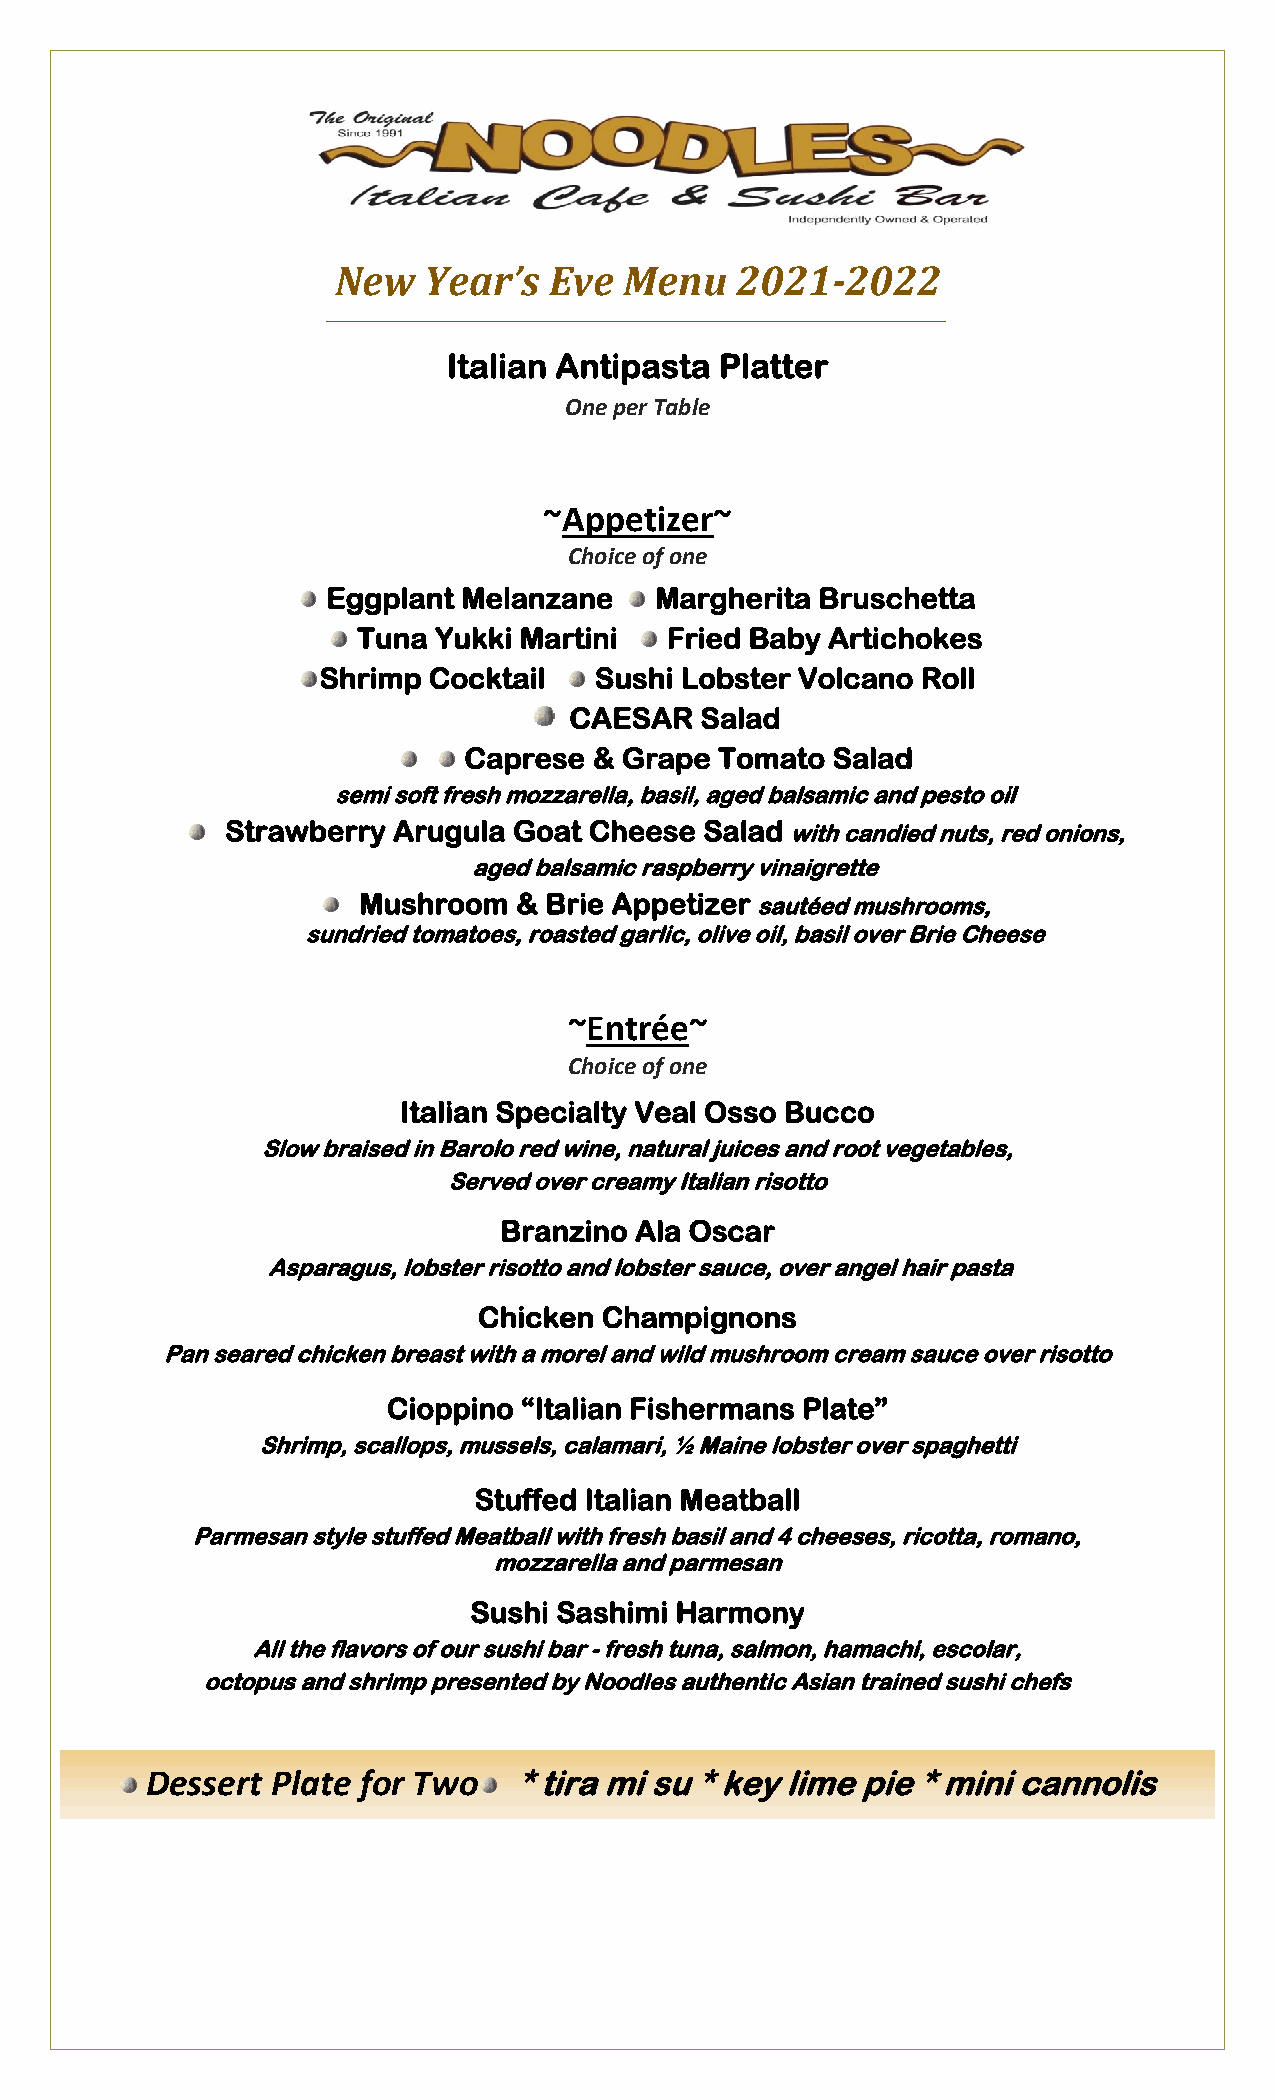
New   Year’s  Eve  Menu    2021-2022
 __________________________________________________________________________________________________________
 Italian Antipasta Platter
 One per Table
 ~Appetizer~
 Choice of one
 Eggplant Melanzane   Margherita Bruschetta
 Tuna Yukki Martini  Fried Baby Artichokes
 Shrimp Cocktail   Sushi Lobster Volcano Roll
 CAESAR  Salad
 Caprese & Grape  Tomato Salad
 semi soft fresh mozzarella, basil, aged balsamic and pesto oil
 Strawberry Arugula Goat Cheese  Salad with candied nuts, red onions,
 aged balsamic raspberry vinaigrette
 Mushroom  & Brie Appetizer sautéed mushrooms,
 sundried tomatoes, roasted garlic, olive oil, basil over Brie Cheese
 ~Entrée~
 Choice of one
 Italian Specialty Veal Osso Bucco
 Slow braised in Barolo red wine, natural juices and root vegetables,
 Served over creamy Italian risotto
 Branzino Ala Oscar
 Asparagus, lobster risotto and lobster sauce, over angel hair pasta
 Chicken Champignons
 Pan seared chicken breast with a morel and wild mushroom cream sauce over risotto
 Cioppino “Italian Fishermans Plate”
 Shrimp, scallops, mussels, calamari, ½ Maine lobster over spaghetti
 Stuffed Italian Meatball
 Parmesan style stuffed Meatball with fresh basil and 4 cheeses, ricotta, romano,
 mozzarella and parmesan
 Sushi Sashimi Harmony
 All the flavors of our sushi bar - fresh tuna, salmon, hamachi, escolar,
 octopus and shrimp presented by Noodles authentic Asian trained sushi chefs
 Dessert Plate for Two   * tira mi su * key lime pie * mini cannolis